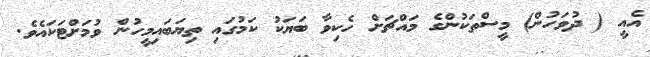
އެއީ ( ދުވަހުން) މީސްތަކުންގެ މައްޗަށް ހެކިވާ ބަޔަކު ކަމުގައި ތިޔަބައިމީހުން ވުމަށްޓަކައެވެ.